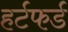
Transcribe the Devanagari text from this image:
हर्टफर्ड